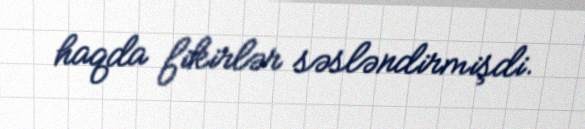
haqda fikirlər səsləndirmişdi.